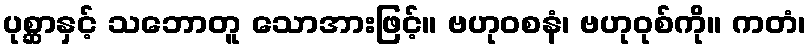
ပုစ္ဆာနှင့် သဘောတူ သောအားဖြင့်။ ဗဟုဝစနံ၊ ဗဟုဝုစ်ကို။ ကတံ၊